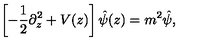
\left[ - { \frac { 1 } { 2 } } \partial _ { z } ^ { 2 } + V ( z ) \right] \hat { \psi } ( z ) = m ^ { 2 } \hat { \psi } ,